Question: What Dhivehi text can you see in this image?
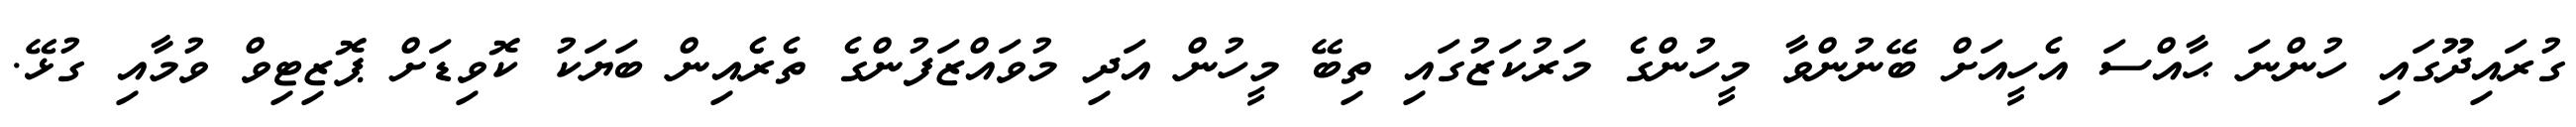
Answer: ގުރައިދޫގައި ހުންނަ ޙާއްސަ އެހީއަށް ބޭނުންވާ މީހުންގެ މަރުކަޒުގައި ތިބޭ މީހުން އަދި މުވައްޒަފުންގެ ތެރެއިން ބަޔަކު ކޮވިޑަށް ޕޮޒިޓިވް ވުމާއި ގުޅޭ.